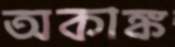
অকাঙ্ক